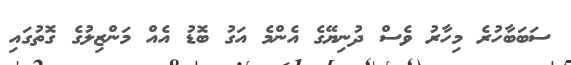
ސަބަބާހުރެ މިހާރު ވެސް ދުނިޔޭގެ އެންމެ އަގު ބޮޑު އެއް މަންޒިލުގެ ގޮތުގައި